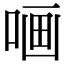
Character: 𠵾